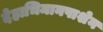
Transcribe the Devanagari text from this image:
देहाभिमानपाशेन